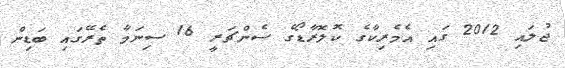
ޖުލައި 2012 ގައި އެމެރިކާގެ ކޮލޮރާޑޯގެ ސެންޗަރީ 16 ސިނަމާ ތެރޭގައި ބަޑިން